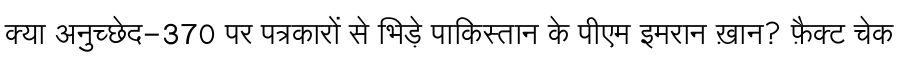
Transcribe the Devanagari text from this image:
क्या अनुच्छेद-370 पर पत्रकारों से भिड़े पाकिस्तान के पीएम इमरान ख़ान? फ़ैक्ट चेक